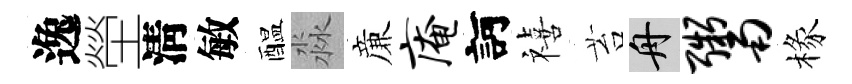
逸塋淸敏醖淼亷庵訶禧苔舟鬻椽